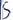
Text: S